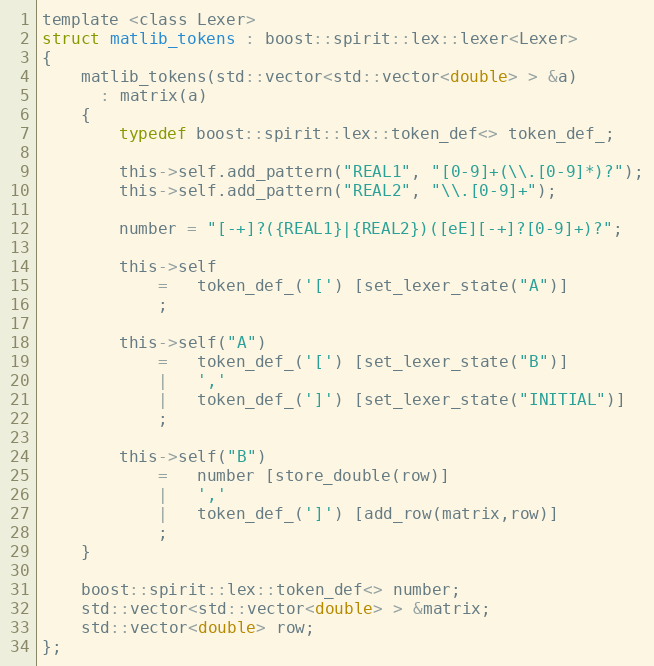
Language: C
template <class Lexer>
struct matlib_tokens : boost::spirit::lex::lexer<Lexer>
{
    matlib_tokens(std::vector<std::vector<double> > &a)
      : matrix(a)
    {
        typedef boost::spirit::lex::token_def<> token_def_;

        this->self.add_pattern("REAL1", "[0-9]+(\\.[0-9]*)?");
        this->self.add_pattern("REAL2", "\\.[0-9]+");

        number = "[-+]?({REAL1}|{REAL2})([eE][-+]?[0-9]+)?";

        this->self
            =   token_def_('[') [set_lexer_state("A")]
            ;

        this->self("A")
            =   token_def_('[') [set_lexer_state("B")]
            |   ','
            |   token_def_(']') [set_lexer_state("INITIAL")]
            ;

        this->self("B")
            =   number [store_double(row)]
            |   ','
            |   token_def_(']') [add_row(matrix,row)]
            ;
    }

    boost::spirit::lex::token_def<> number;
    std::vector<std::vector<double> > &matrix;
    std::vector<double> row;
};